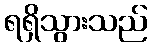
ရရှိသွားသည်